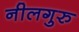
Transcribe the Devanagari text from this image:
नीलगुरु